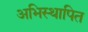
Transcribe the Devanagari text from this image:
अभिस्थापित